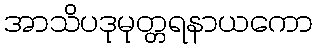
အာသိပဒုမုတ္တရနာယကော